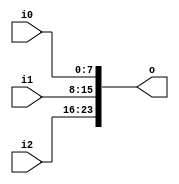
module v33e50d_v9a2a06 (
 input [7:0] i2,
 input [7:0] i1,
 input [7:0] i0,
 output [23:0] o
);
 assign o = {i2, i1, i0};
endmodule